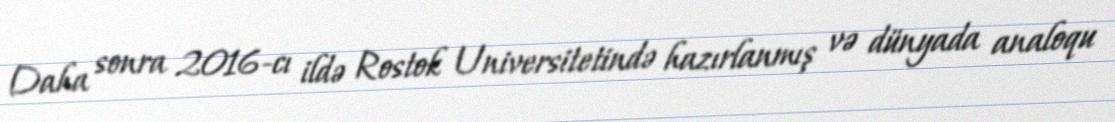
Daha sonra 2016-cı ildə Rostok Universitetində hazırlanmış və dünyada analoqu